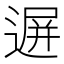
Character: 𨔧